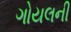
ગોયલની